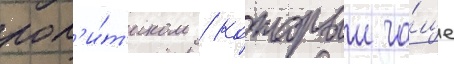
пол'и́т'иком / которыи ча́ще